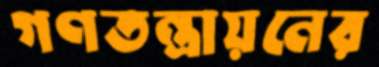
গণতন্ত্রায়নের